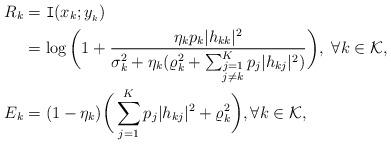
LaTeX: \begin{align*}R_k&=\mathtt{I}(x_k;y_{_k})\\&=\log\bigg(1+\frac{\eta_k p_k|h_{kk}|^{2}}{\sigma^{2}_k+\eta_k(\varrho^{2}_k+\sum_{\substack{j=1\\ j\neq k}}^{K}p_j|h_{kj}|^{2})} \bigg),\ \forall k\in\mathcal{K},\\E_k&=(1-\eta_k)\bigg(\sum_{j=1}^{K}p_j|h_{kj}|^{2}+\varrho^{2}_k\bigg),\forall k\in\mathcal{K},\end{align*}